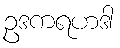
ဥဒကရဟဒါ